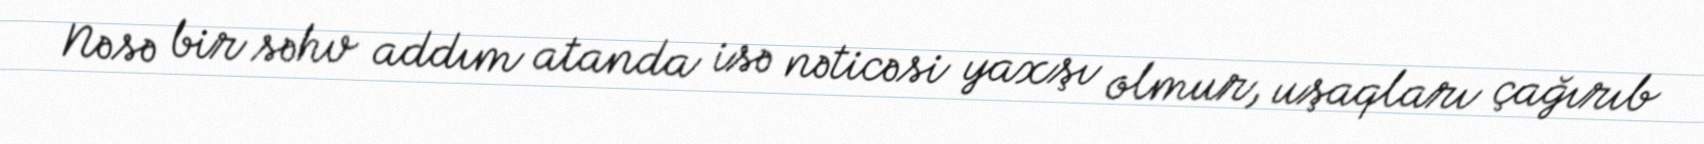
Nəsə bir səhv addım atanda isə nəticəsi yaxşı olmur, uşaqları çağırıb